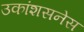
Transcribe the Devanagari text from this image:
उकांशसनेस